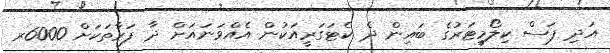
އަދި ފަސް ކިލޯމީޓަރުގެ ބައިން ދެ ކެޓަގަރީއަކުން އެއްވަނައަށް ދާ ފަރާތަކަށް 6000ރ